Leningradi_Edasi_toimetus, lk 45
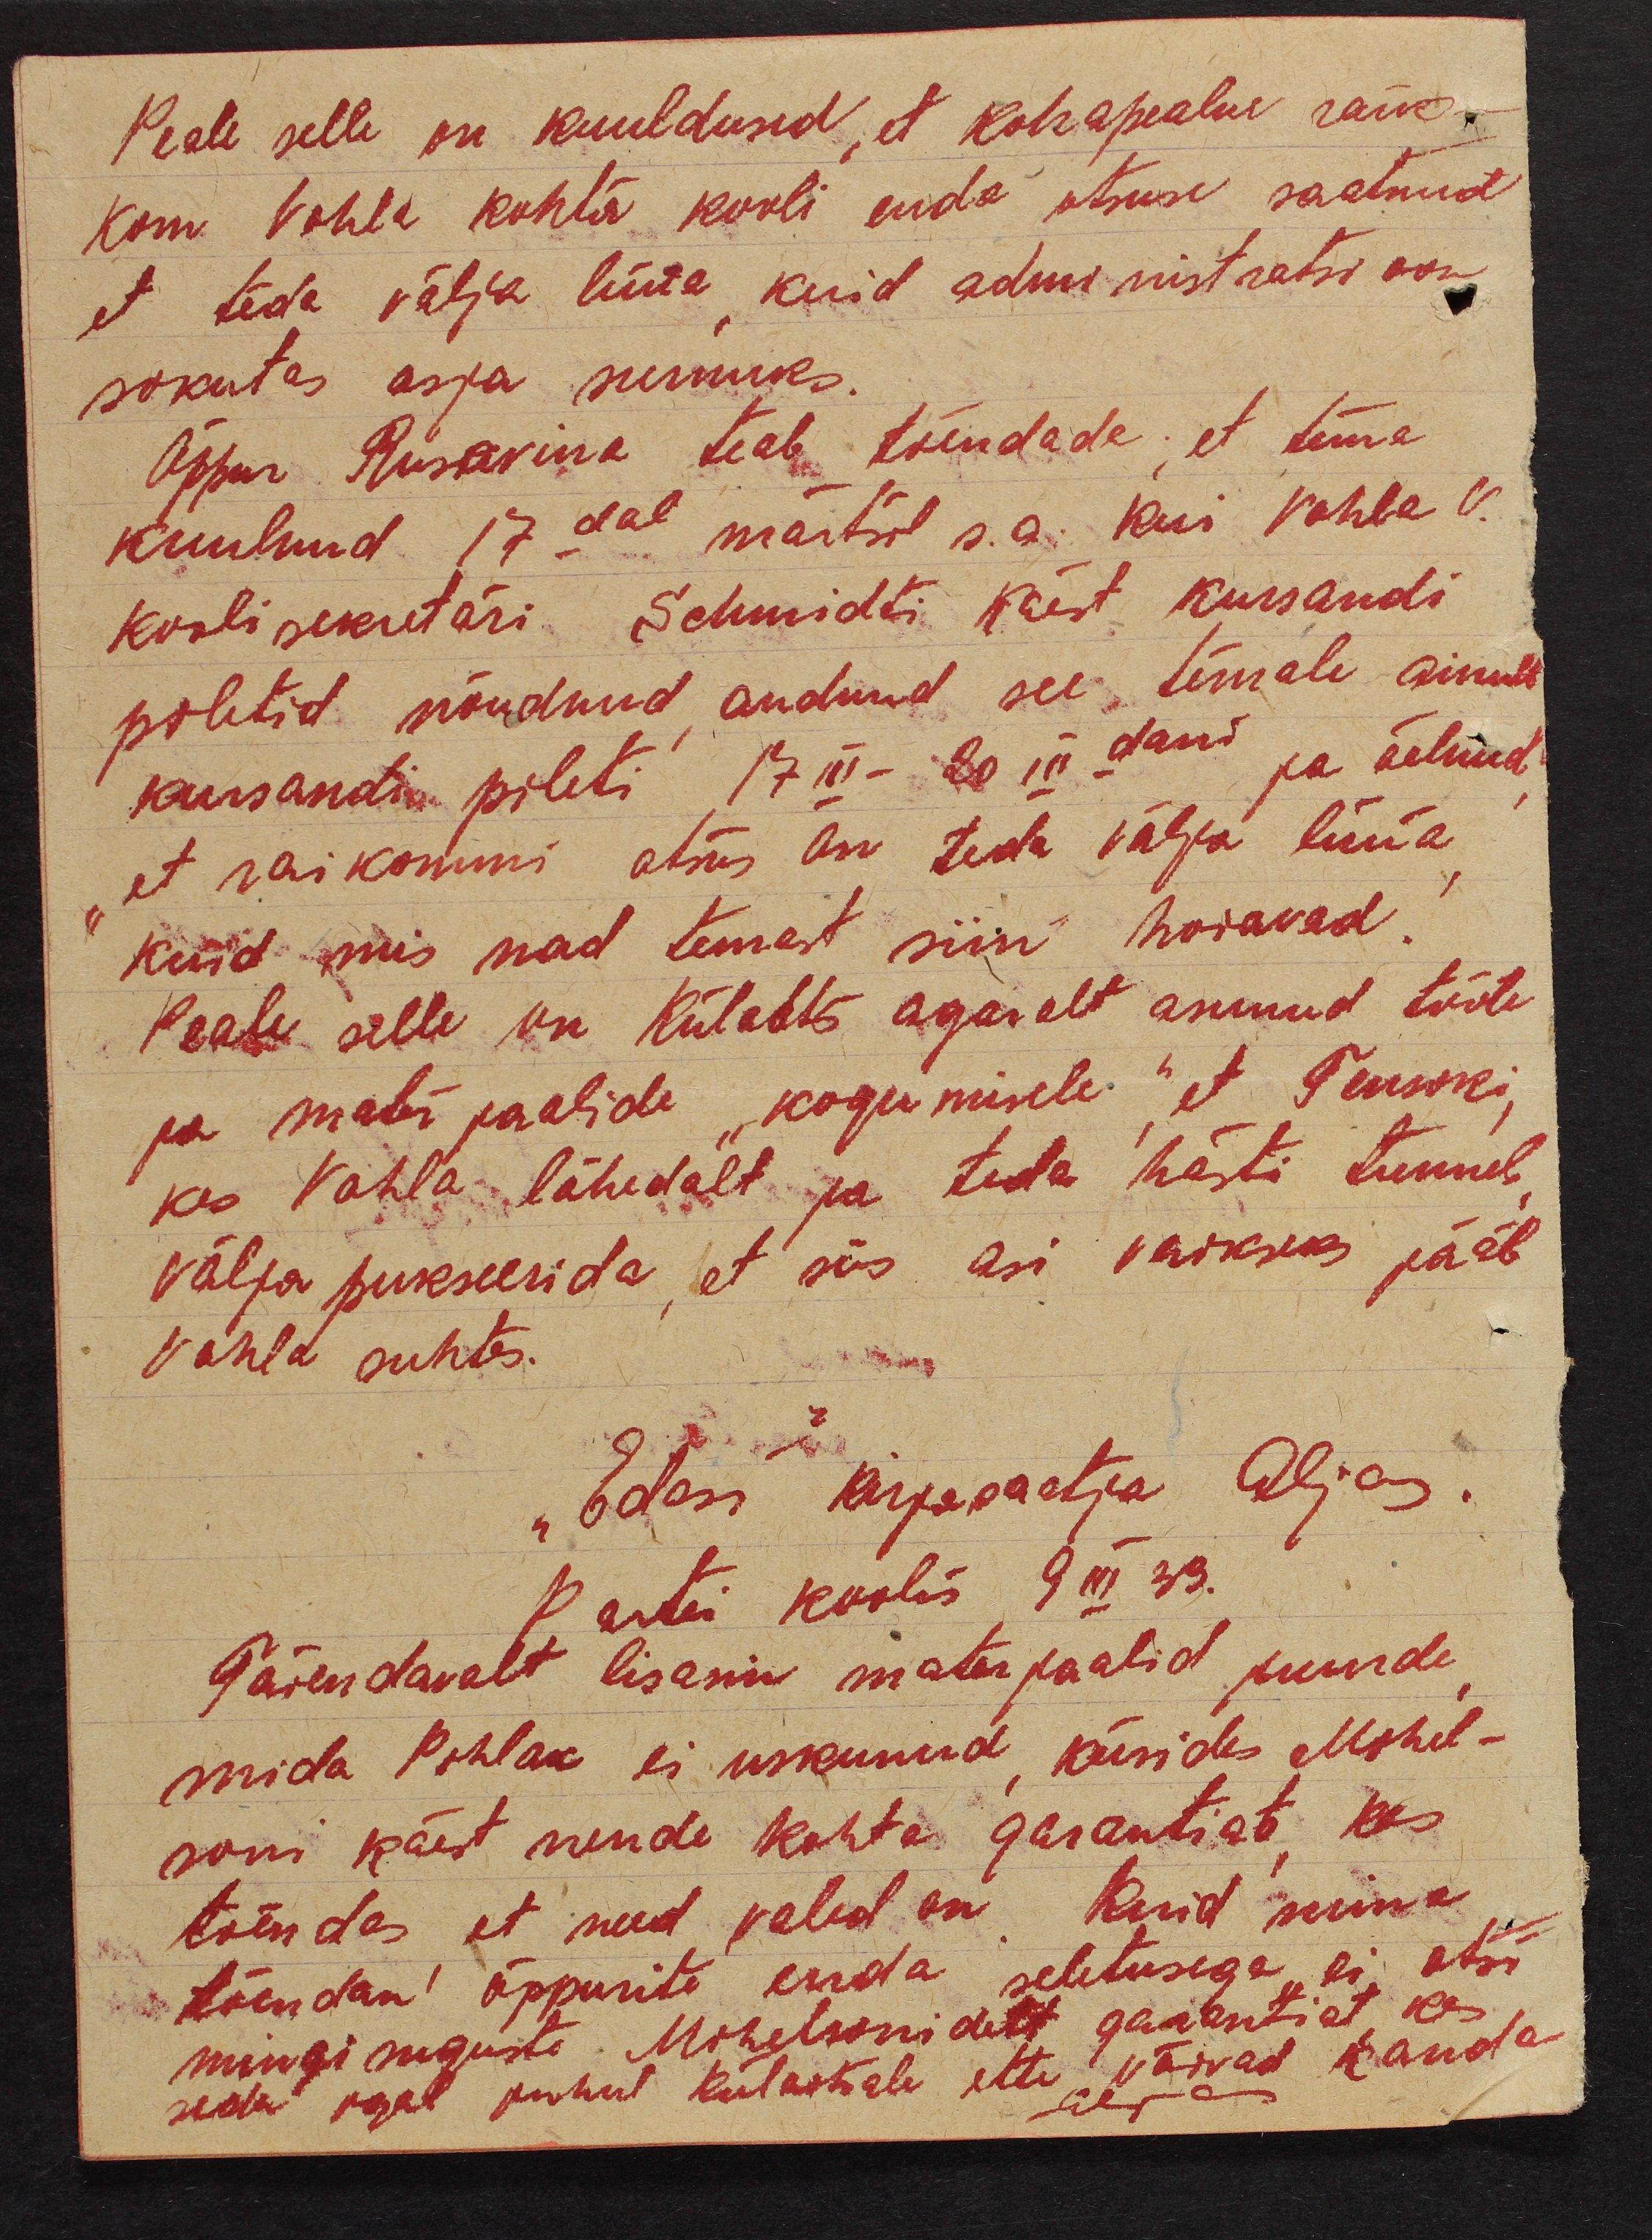
Peale selle on kuuldused, et kohapealne raik-
kom Vohla kohta kooli enda otsuse saatnud
et teda välja lüüa, kuid administratsioon
sokutas asja surnuks.
Õppur Rusavina teab tõendada, et tema
kuulnud 17dal märtsil s.a. kui Vohla V.
koolisekretäri Schmidti käest kursandi
piletid nõudnud, andnud see temale ainult
kursandi pileti 17 IIII - 20 IIIdani ja öelnud,
"et raikommi otsus on teda välja lüüa,
kuid mis nad temast siin hoiavad.
Peale selle on Külaots agaralt asunud tööle
ja materjaalide "kogumisele" et Tensoki,
kes Vohla lähedalt ja teda hästi tunneb,
välja pukseerida, et siis asi vaikseks jääb
Vohla suhtes.
"Edasi" kirjasaatja Aljas.
Partei koolis 9 III 33.
Täiendavalt lisasin materjaalid juurde,
mida Pohlak ei uskunud, küsides Mihel-
soni käest nende kohta garantiat, kes
tõendas, et need valed on kuid mina
tõendan õppurite enda seletusega ei otsi
mingisuguste Mihelsonidelt garantiat, kes
seda igal juhul Külaotsale ette võivad kanda
Aljas